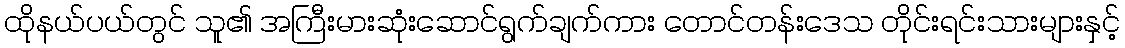
ထိုနယ်ပယ်တွင် သူ၏ အကြီးမားဆုံးဆောင်ရွက်ချက်ကား တောင်တန်းဒေသ တိုင်းရင်းသားများနှင့်